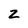
Character: z